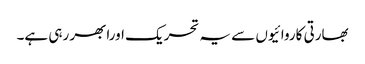
بھارتی کاروائیوں سے یہ تحریک اورابھر رہی ہے۔